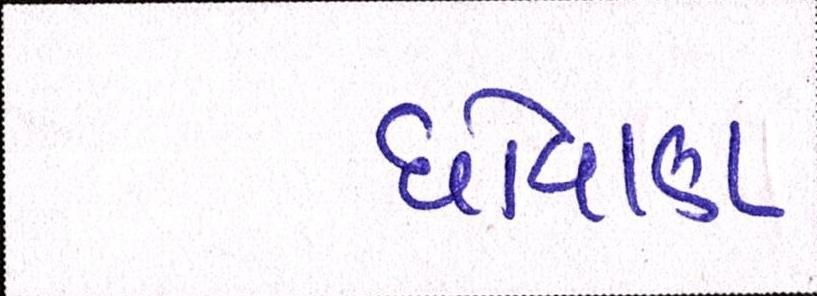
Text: ધોવાણ